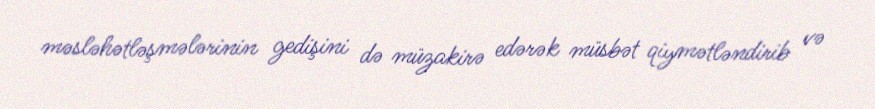
məsləhətləşmələrinin gedişini də müzakirə edərək müsbət qiymətləndirib və